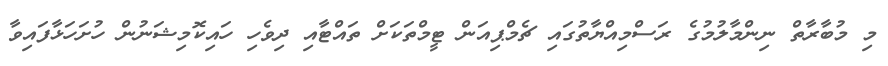
މި މުބާރާތް ނިންމާލުމުގެ ރަސްމިއްޔާތުގައި ޗެމްޕިއަން ޓީމްތަކަށް ތައްޓާއި ދިވެހި ހައިކޮމިޝަނުން ހުށަހަޅާފައިވާ